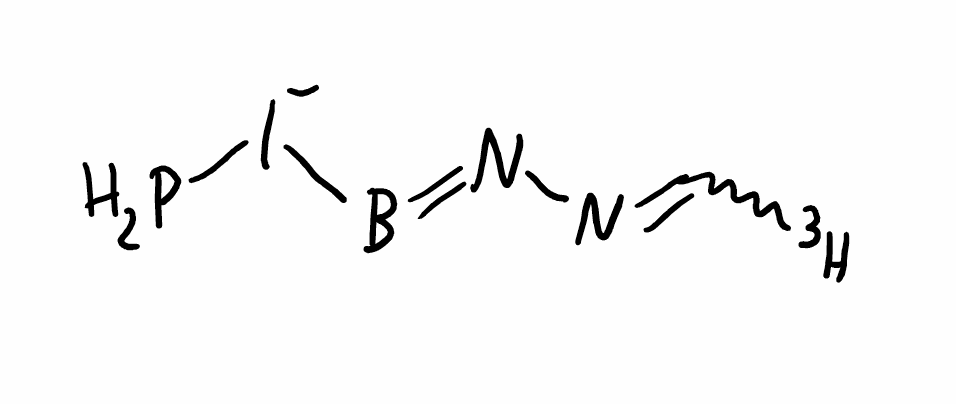
Simplified molecular-input line-entry system (SMILES) notation of the given molecule:
[3H]C=NN=B[I-]P